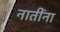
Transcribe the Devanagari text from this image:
नातींना